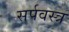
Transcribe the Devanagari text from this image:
सर्पवस्त्र